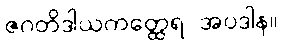
ဇဂတိဒါယကတ္ထေရ အပဒါန။